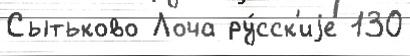
Сытьково Лоча ру́сск'иjе 130